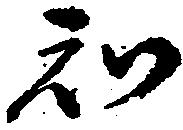
知